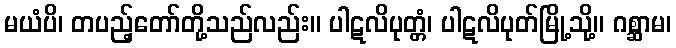
မယံပိ၊ တပည့်တော်တို့သည်လည်း။ ပါဋလိပုတ္တံ၊ ပါဋလိပုတ်မြို့သို့။ ဂစ္ဆာမ၊